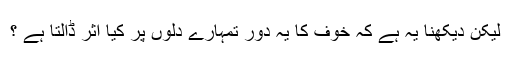
لیکن دیکھنا یہ ہے کہ خوف کا یہ دور تمہارے دلوں پر کیا اثر ڈالتا ہے ؟